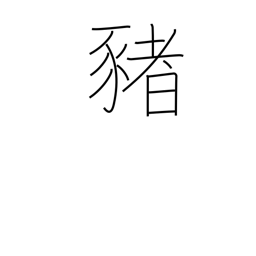
Meaning: pig